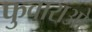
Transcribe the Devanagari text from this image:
फुवाराओ